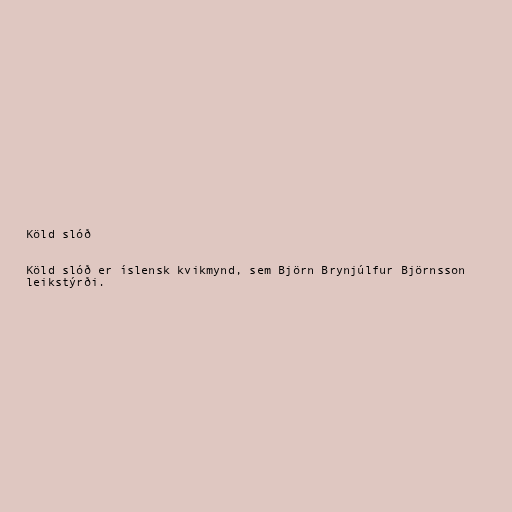
Köld slóð

Köld slóð er íslensk kvikmynd, sem Björn Brynjúlfur Björnsson
leikstýrði.